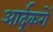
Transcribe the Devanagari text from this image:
आर्द्रकरों